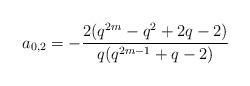
LaTeX: \begin{align*} a_{0,2}=-\frac{2(q^{2m}-q^2+2q-2)}{q(q^{2m-1}+q-2)}\end{align*}